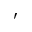
'